Scientific memoirs by medical officers of the Army of India - Part III,
Year: 1887
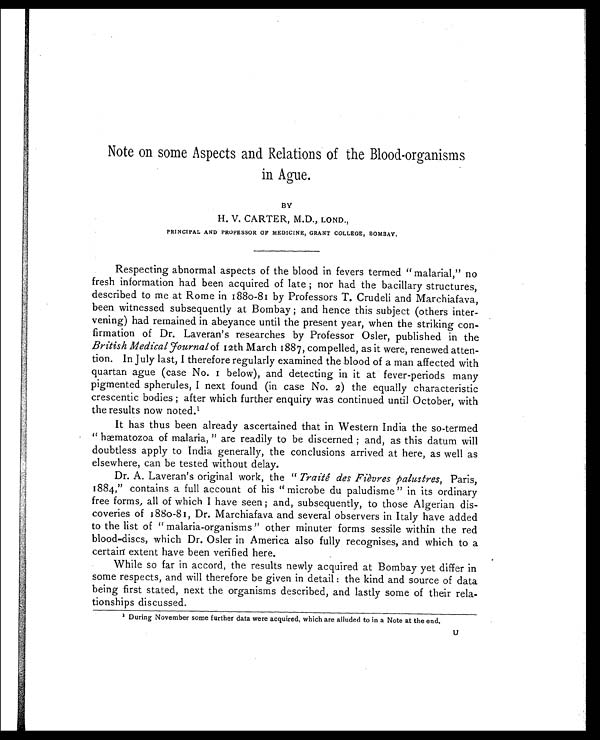
Note on some Aspects and Relations of the Blood-organisms
in Ague.
BY
H. V. CARTER, M.D., LOND.,
PRINCIPAL AND PROFESSOR OF MEDICINE, GRANT COLLEGE, BOMBAY.
Respecting abnormal aspects of the blood in fevers termed " malarial," no
fresh information had been acquired of late ; nor had the bacillary structures,
described to me at Rome in 1880-81 by Professors T. Crudeli and Marchiafava,
been witnessed subsequently at Bombay ; and hence this subject (others inter-
vening) had remained in abeyance until the present year, when the striking con-
firmation of Dr. Laveran's researches by Professor Osler, published in the
British Medical Fournal of 12th March 1887, compelled, as it were, renewed atten-
tion. In July last, I therefore regularly examined the blood of a man affected with
quartan ague (case No. 1 below), and detecting in it at fever-periods many
pigmented spherules, I next found (in case No. 2) the equally characteristic
crescentic bodies ; after which further enquiry was continued until October, with
the results now noted. 1
It has thus been already ascertained that in Western India the so-termed
" hæmatozoa of malaria, " are readily to be discerned ; and, as this datum will
doubtless apply to India generally, the conclusions arrived at here, as well as
elsewhere, can be tested without delay.
Dr. A. Laveran's original work, the " Traité des Fiévres palustres, Paris,
1884," contains a full account of his " microbe du paludisme " in its ordinary
free forms, all of which I have seen ; and, subsequently, to those Algerian dis-
coveries of 1880-81, Dr. Marchiafava and several observers in Italy have added
to the list of " malaria-organisms " other minuter forms sessile within the red
blood-discs, which Dr. Osler in America also fully recognises, and which to a
certain extent have been verified here.
While so far in accord, the results newly acquired at Bombay yet differ in
some respects, and will therefore be given in detail : the kind and source of data
being first stated, next the organisms described, and lastly some of their rela-
tionships discussed.
1 During November some further data were acquired, which are alluded to in a Note at the end.
U